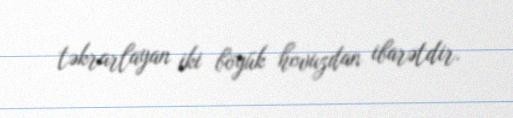
təkrarlayan iki böyük hovuzdan ibarətdir.